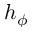
h _ { \phi }